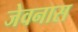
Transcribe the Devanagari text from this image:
जेवनास